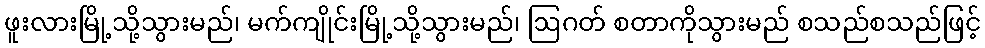
ဖူးလားမြို့သို့သွားမည်၊ မက်ကျိုင်းမြို့သို့သွားမည်၊ ဩဂတ် စတာကိုသွားမည် စသည်စသည်ဖြင့်